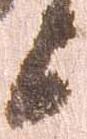
上